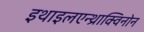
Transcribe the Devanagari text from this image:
इथाइलएन्थ्राक्विनोन